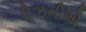
ડીઝનીએ